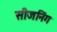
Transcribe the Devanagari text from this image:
सीजनिंग